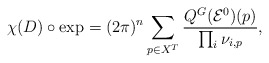
\begin{align*} \chi(D)\circ{\rm exp}=(2\pi)^n\sum_{p\in X^T}\frac{Q^G({\mathcal E}^0)(p)}{\prod_i\nu_{i,p}}, \end{align*}